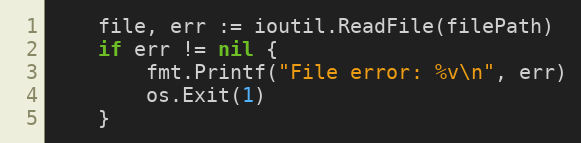
Language: Go
	file, err := ioutil.ReadFile(filePath)
	if err != nil {
		fmt.Printf("File error: %v\n", err)
		os.Exit(1)
	}